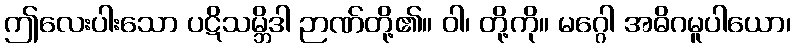
ဤလေးပါးသော ပဋိသမ္ဘိဒါ ဉာဏ်တို့၏။ ဝါ၊ တို့ကို။ မဂ္ဂေါ အဓိဂမူပါယော၊